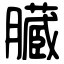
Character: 臓